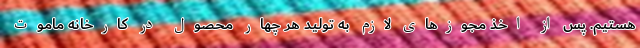
هستیم. پس از اخذ مجوزهای لازم به تولید هر چهار محصول در کارخانه ماموت